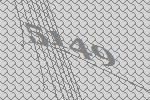
5149